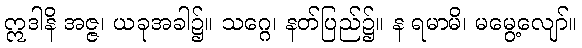
ဣဒါနိ အဇ္ဇ၊ ယခုအခါ၌။ သဂ္ဂေ၊ နတ်ပြည်၌။ န ရမာမိ၊ မမွေ့လျော်။